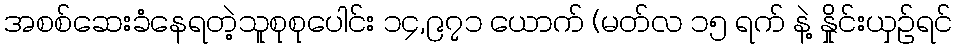
အစစ်ဆေးခံနေရတဲ့သူစုစုပေါင်း ၁၄,၉၇၁ ယောက် (မတ်လ ၁၅ ရက် နဲ့ နှိုင်းယှဉ်ရင်